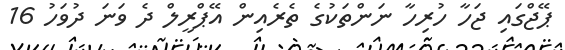
ޕޭޖްގައި ޖަހާ ހުރިހާ ނަންތަކުގެ ތެރެއިން އޭޕްރީލް ދެ ވަނަ ދުވަހު 16